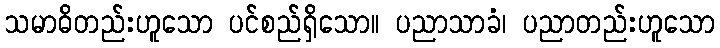
သမာဓိတည်းဟူသော ပင်စည်ရှိသော။ ပညာသာခံ၊ ပညာတည်းဟူသော